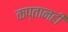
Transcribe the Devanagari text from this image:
कप्तानही